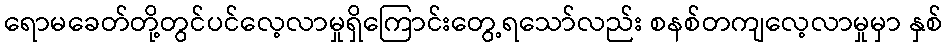
ရောမခေတ်တို့တွင်ပင်လေ့လာမှုရှိကြောင်းတွေ့ရသော်လည်း စနစ်တကျလေ့လာမှုမှာ နှစ်